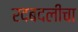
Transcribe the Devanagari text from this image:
रदबदलीचा